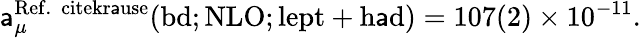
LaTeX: \mathsf{a}_{\mu}^{\mathrm{{Ref.~\ cite{kr\mathsf{a}use}}}}(\mathrm{{bd;NLO;lept+h\mathsf{a}d}})=107(2)\times10^{-11}.